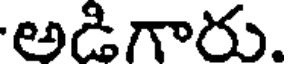
అడిగారు.